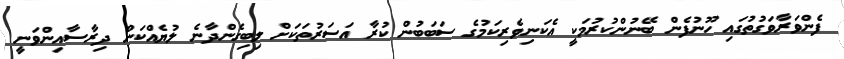
ފެންވަރާވަގުތުގައި ހޫނުފެން ބޭނުންކުރުމަކީ އެކަނިވެރިކަމުގެ ސަބަބުން ކުރާ އަސަރުތަކަށް ލިބިގެންދާނެ ލުޔެއްކަން ދިރާސާއިންވަނީ